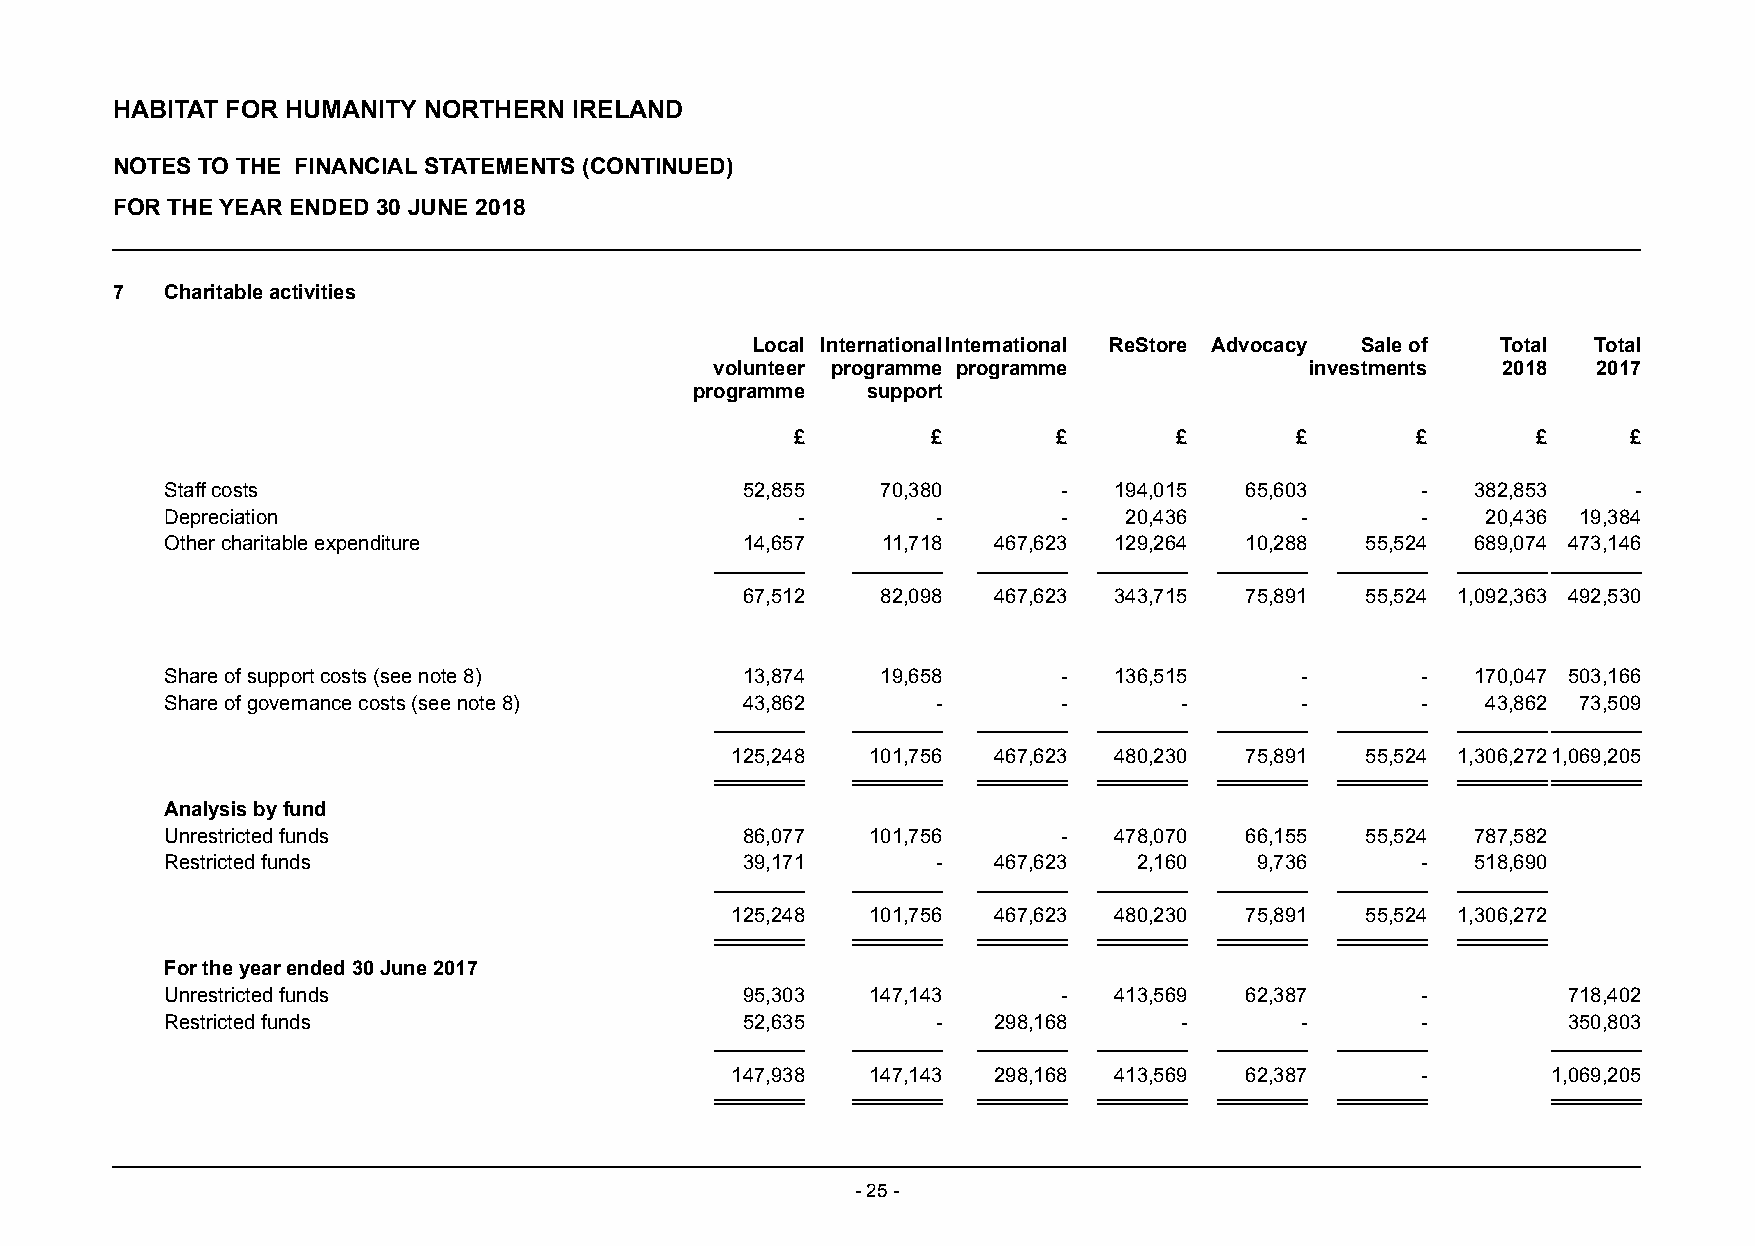
HABITAT FOR HUMANITY NORTHERN  IRELAND
 NOTES TO THE FINANCIAL STATEMENTS (CONTINUED)
 FOR THE YEAR ENDED 30 JUNE 2018
 7   Charitable activities
 Local International International ReStore Advocacy Sale of Total Total
 volunteer programme programme           investments 2018   2017
 programme  support
 £        £       £       £       £       £       £     £
 Staff costs                           52,855   70,380      -   194,015 65,603      -   382,853   -
 Depreciation                              -        -       -   20,436      -       -   20,436 19,384
 Other ch aritable expenditure         14,657   11,718  467,623 129,264 10,288  55,524  689,074 473,146
 67,512   82,098  467,623 343,715 75,891  55,524 1,092,363 492,530
 Share of support costs (see note 8)   13,874   19,658      -   136,515     -       -   170,047 503,166
 Share of governance costs (see note 8) 43,862      -       -       -       -       -   43,862 73,509
 125,248   101,756 467,623 480,230 75,891  55,524 1,306,272 1,069,205
 Analysis by fund
 Unrestricted funds                    86,077   101,756     -   478,070 66,155  55,524  787,582
 Restricted funds                      39,171       -   467,623  2,160   9,736      -   518,690
 125,248   101,756 467,623 480,230 75,891  55,524 1,306,272
 For the year ended 30 June 2017
 Unrestricted funds                    95,303   147,143     -   413,569 62,387      -         718,402
 Restricted funds                      52,635       -   298,168     -       -       -         350,803
 147,938   147,143 298,168 413,569 62,387      -        1,069,205
 - 25 -